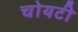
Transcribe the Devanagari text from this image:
चोयटी